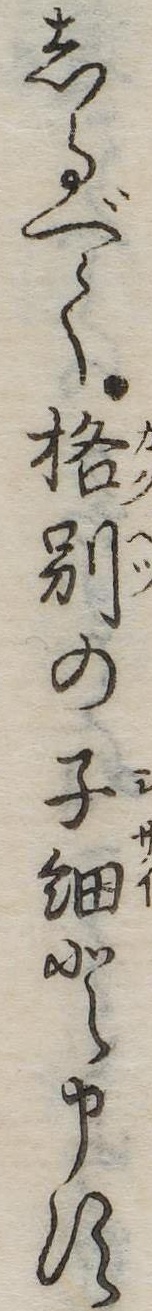
しるべく格別の子細と申す